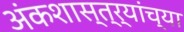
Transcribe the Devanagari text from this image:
अंकशास्त्र्यांच्या